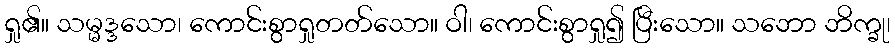
ရှု၏။ သမ္မဒ္ဒသော၊ ကောင်းစွာရှုတတ်သော။ ဝါ၊ ကောင်းစွာရှု၍ ပြီးသော။ သဘော ဘိက္ခု၊